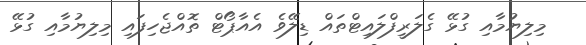
މިލިޔުމާއި ގުޅޭ ގެލަރީފްލައިޓްތައް ޑިލޭވެ އެއާޕޯޓް ތޮއްޖެހިފައި މިލިޔުމާއި ގުޅޭ